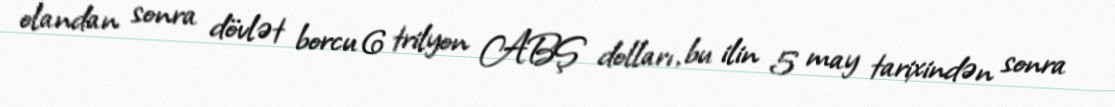
olandan sonra dövlət borcu 6 trilyon ABŞ dolları, bu ilin 5 may tarixindən sonra